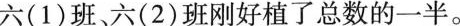
六(1)班、六(2)班刚好植了总数的一半。